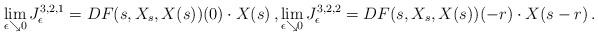
LaTeX: \begin{align*}\lim_{\epsilon \searrow 0 } J^{3,2,1}_\epsilon = DF(s,X_s,X(s))(0)\cdot X(s)\, ,\lim_{\epsilon \searrow 0 } J^{3,2,2}_\epsilon = DF(s,X_s,X(s)) (-r)\cdot X(s-r)\, .\end{align*}